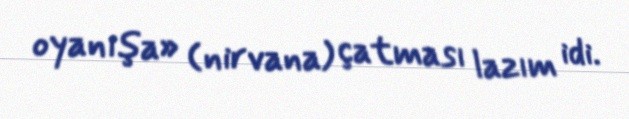
oyanışa» (nirvana) çatması lazım idi.